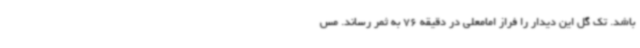
باشد. تک گل این دیدار را فراز امامعلی در دقیقه 76 به ثمر رساند. مس